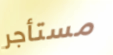
مستأجر